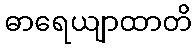
ဓာရေယျာထာတိ